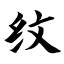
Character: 纹